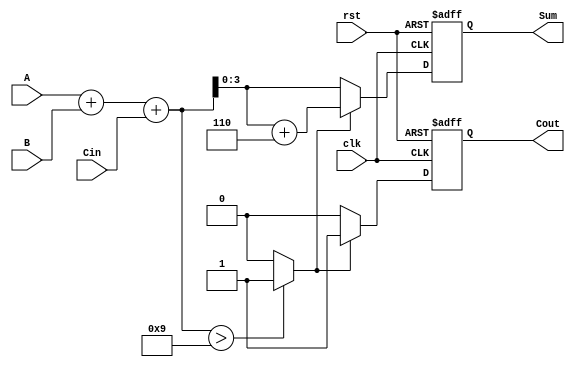
module BCD_Synchronous_Adder (
    input  wire [3:0] A,        // 4-bit BCD input A
    input  wire [3:0] B,        // 4-bit BCD input B
    input  wire Cin,             // 1-bit carry input
    input  wire clk,             // Clock input
    input  wire rst,             // Reset input
    output reg [3:0] Sum,        // 4-bit BCD output
    output reg Cout              // 1-bit carry output
);

    // Internal signals
    wire [4:0] RawSum;           // 5-bit raw sum to hold A + B + Cin
    wire Adjust;                 // Signal to determine if adjustment is needed

    // Compute the raw sum
    assign RawSum = A + B + Cin;

    // Determine if adjustment is needed
    assign Adjust = (RawSum > 9) ? 1'b1 : 1'b0;

    always @(posedge clk or posedge rst) begin
        if (rst) begin
            Sum <= 4'b0000;        // Reset sum to 0
            Cout <= 1'b0;         // Reset carry out to 0
        end else begin
            // Final BCD Calculation
            if (Adjust) begin
                Sum <= RawSum + 5'b00110; // Add 6 to RawSum
                Cout <= 1'b1;             // Set carry out
            end else begin
                Sum <= RawSum[3:0];       // Assign raw sum if no adjustment
                Cout <= 1'b0;             // Clear carry out
            end
        end
    end

endmodule